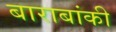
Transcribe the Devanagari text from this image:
बाराबांकी